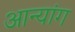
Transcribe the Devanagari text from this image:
आन्यांग